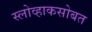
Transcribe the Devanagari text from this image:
स्लोव्हाकसोबत